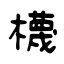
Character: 櫗